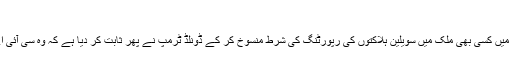
’زیادہ رعایت‘ کا امکان
متعدد تجزیہ کاروں کا کہنا ہے کہ امریکی ڈرون حملوں میں کسی بھی ملک میں سویلین ہلاکتوں کی رپورٹنگ کی شرط منسوخ کر کے ڈونلڈ ٹرمپ نے پھر ثابت کر دیا ہے کہ وہ سی آئی اے پر بہت زیادہ اعتماد بھی کرتے ہیں اور انحصار بھی۔